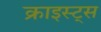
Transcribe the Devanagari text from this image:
क्राइस्ट्स